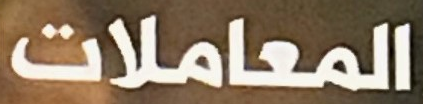
المعاملات